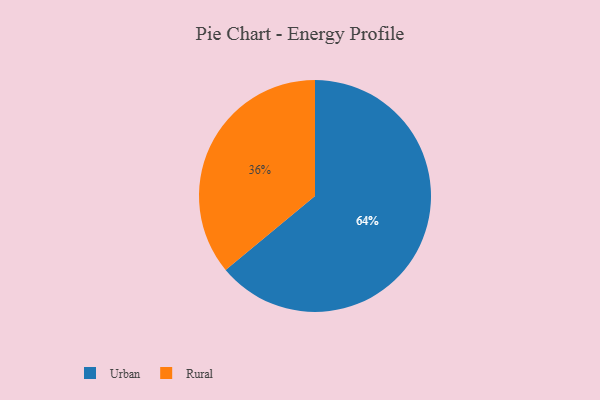
{"axis": {"x": "Category", "y": "Percentage"}, "legend": ["Rural", "Urban"], "data": [{"x": "Urban", "y": 64, "type": "Urban"}, {"x": "Rural", "y": 36, "type": "Rural"}]}